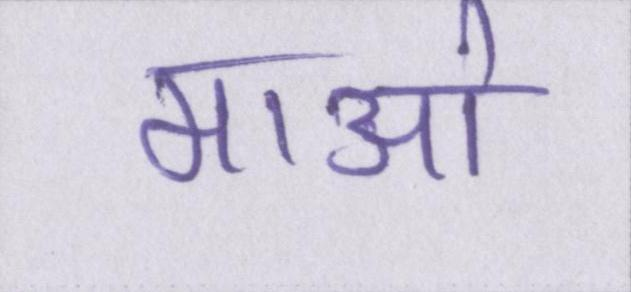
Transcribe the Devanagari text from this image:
माओ